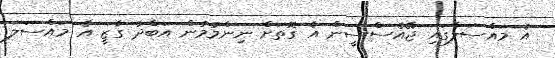
އެ މައްސަލާގައި ޖޭއެސްސީން އެ ގޮތަށް ނިންމުމުން އަބްދު ގާޒީ އެ މައްސަލަ